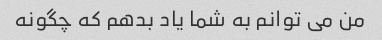
من می توانم به شما یاد بدهم که چگونه